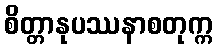
စိတ္တာနုပဿနာစတုက္က